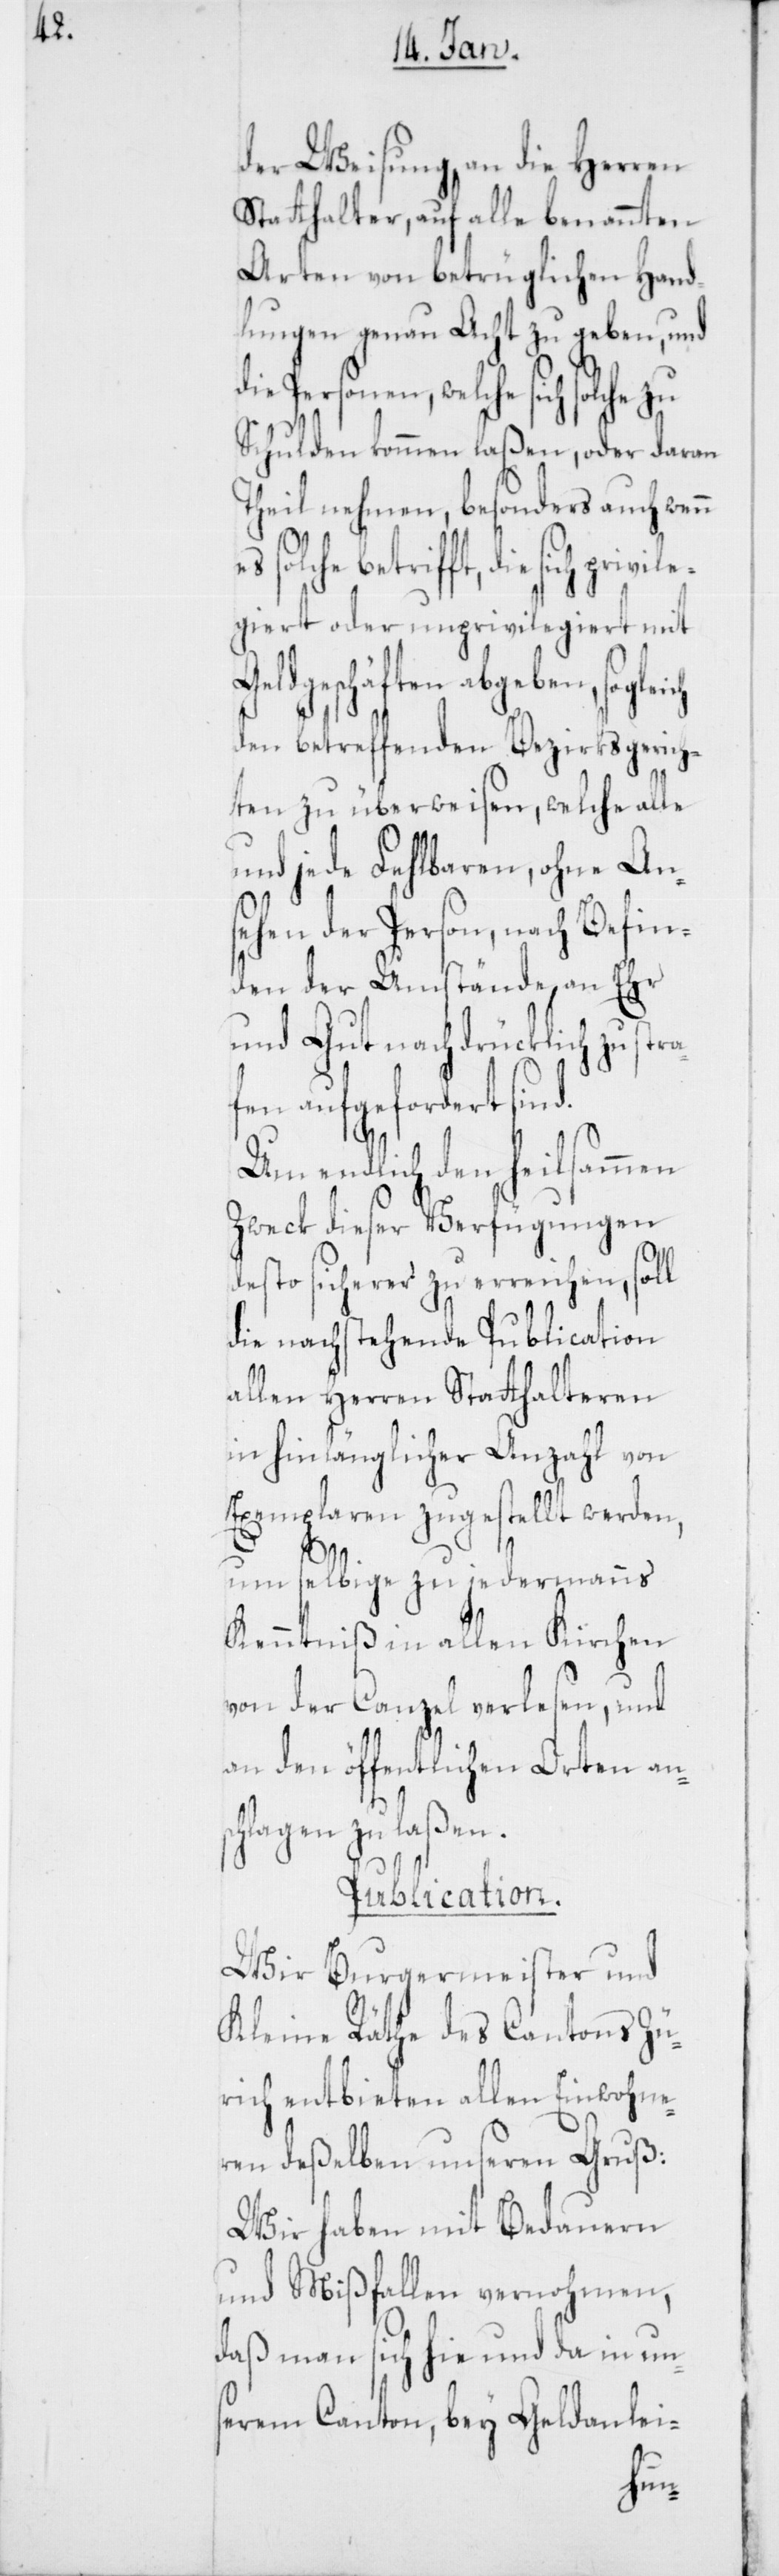
d.

der Weisung an die Herren
Statthalter, auf alle benannten
Arten von betrüglichen Hand¬
lungen genau Acht zu geben, und
welche sich solche zu
Schulden kommen laßen, oder daran
Theil nehmen, besonders auch wenn
solche betrifft, die sich privi¬
giert oder unprivilegiert mit
Geldgeschäften abgeben,
den betreffenden Bezirksgerich¬
ten zu überweisen, welche alle
und jede Fehlbaren, ohne An¬
sehen der Person, nach Befin¬
den der Umstände, an Ehr
und Gut nachdrücklich zu stra¬
fen aufgefordert sin¬
Um endlich den heilsammen
Zweck dieser Verfügungen
desto sicherer zu erreichen, soll
die nachstehende Publication
allen Herren Statthalteren
in hinlänglicher Anzahl von
Exemplaren zugestellt werden,
um selbige zu jedermanns
Kenntniß in allen Kirchen
von der Canzel verlesen, und
an den öffentlichen Orten an¬
schlagen zu laßen.
Publication.
Wir Burgermeister und
Kleine Räthe des Cantons Zü¬
rich entbieten allen Einwohne¬
ren deßelben unseren Gruß:
Wir haben mit Bedauern
und Mißfallen vernohmen,
daß man sich hie und da in un¬
serem Canton, bey Geldanlei-
le¬